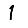
Digit: 1